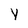
Character: Y